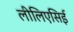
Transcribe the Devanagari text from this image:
लीलिएसिई